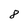
Character: 8